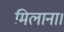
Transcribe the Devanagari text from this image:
मिलाना।